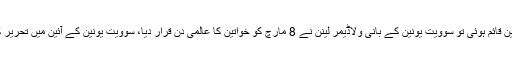
جب 1917ءمیں روس میں سوشلسٹ انقلاب آیا اور سوویت یونین قائم ہوئی تو سوویت یونین کے بانی ولاڈیمر لینن نے 8 مارچ کو خواتین کا عالمی دن قرار دیا، سوویت یونین کے آئین میں تحریر کیا گیا کہ خواتین کو مردوں کے مساوی حقوق حاصل ہوں گے۔